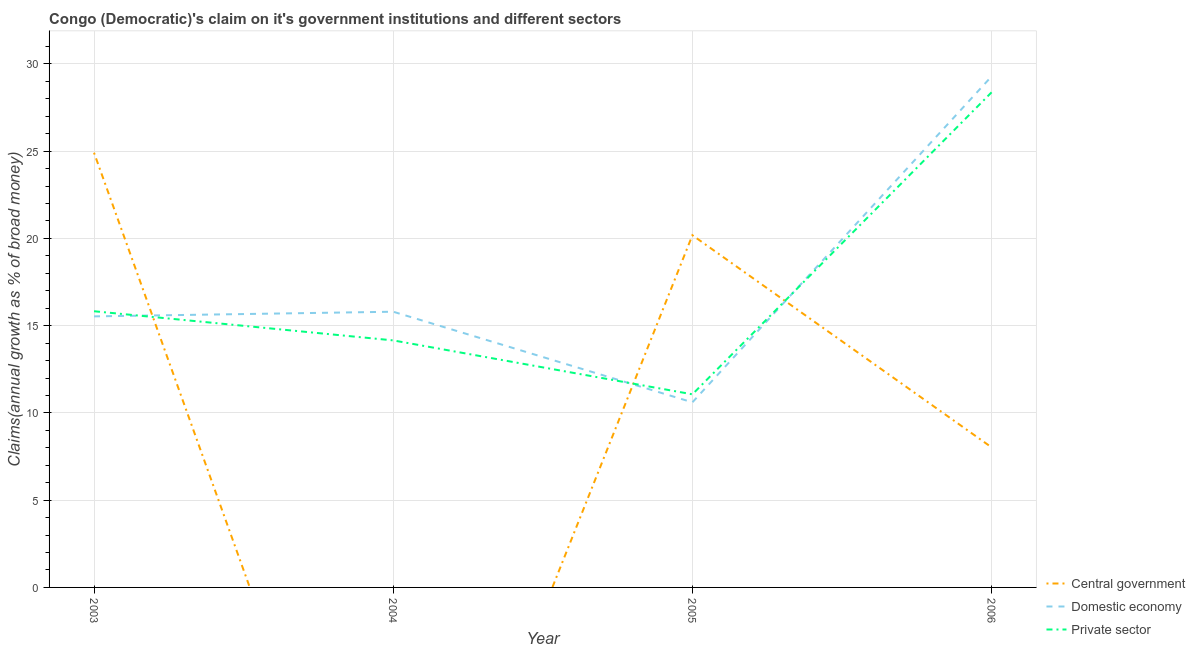
| Year | Central government | Domestic economy | Private sector |
 | --- | --- | --- | --- |
 | 2003 | 24.9 | 15.5 | 15.8 |
 | 2004 | -22.9 | 15.8 | 14.2 |
 | 2005 | 20.2 | 10.6 | 11.1 |
 | 2006 | 8.03 | 29.3 | 28.4 |